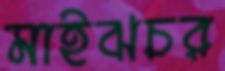
মাইঝচর